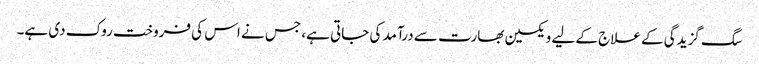
سگ گزیدگی کے علاج کے لیے ویکسین بھارت سے درآمد کی جاتی ہے، جس نے اس کی فروخت روک دی ہے۔